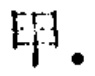
$^{\bullet}\begin{pmatrix}

\ 由\\

\ 由

\end{pmatrix}$